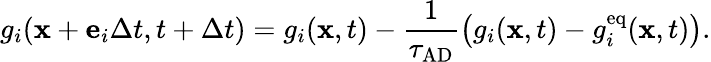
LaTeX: g_{i}(\mathbf{x}+\mathbf{e}_{i}\Delta t,t+\Delta t)=g_{i}(\mathbf{x},t)-\frac{1}{\tau_{\mathrm{AD}}}\left(g_{i}(\mathbf{x},t)-g_{i}^{\mathrm{eq}}(\mathbf{x},t)\right).